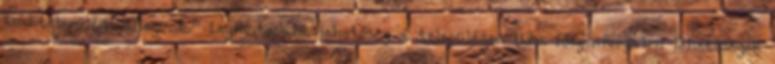
zsáktelepülés jellegünk.” Legfontosabb lehetőség a településen ▪„Az idegenforgalmi lehetőségek